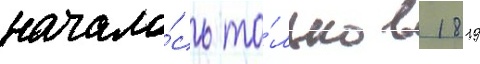
начало́сь то́лько в 1819